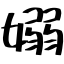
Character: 嫋